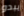
يبدو